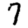
Digit: 7